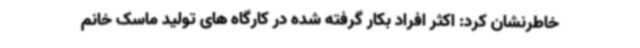
خاطرنشان کرد: اکثر افراد بکار گرفته شده در کارگاه های تولید ماسک خانم